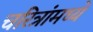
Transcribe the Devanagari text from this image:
चरित्रांमध्ये